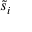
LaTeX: { \tilde { s } } _ { i }